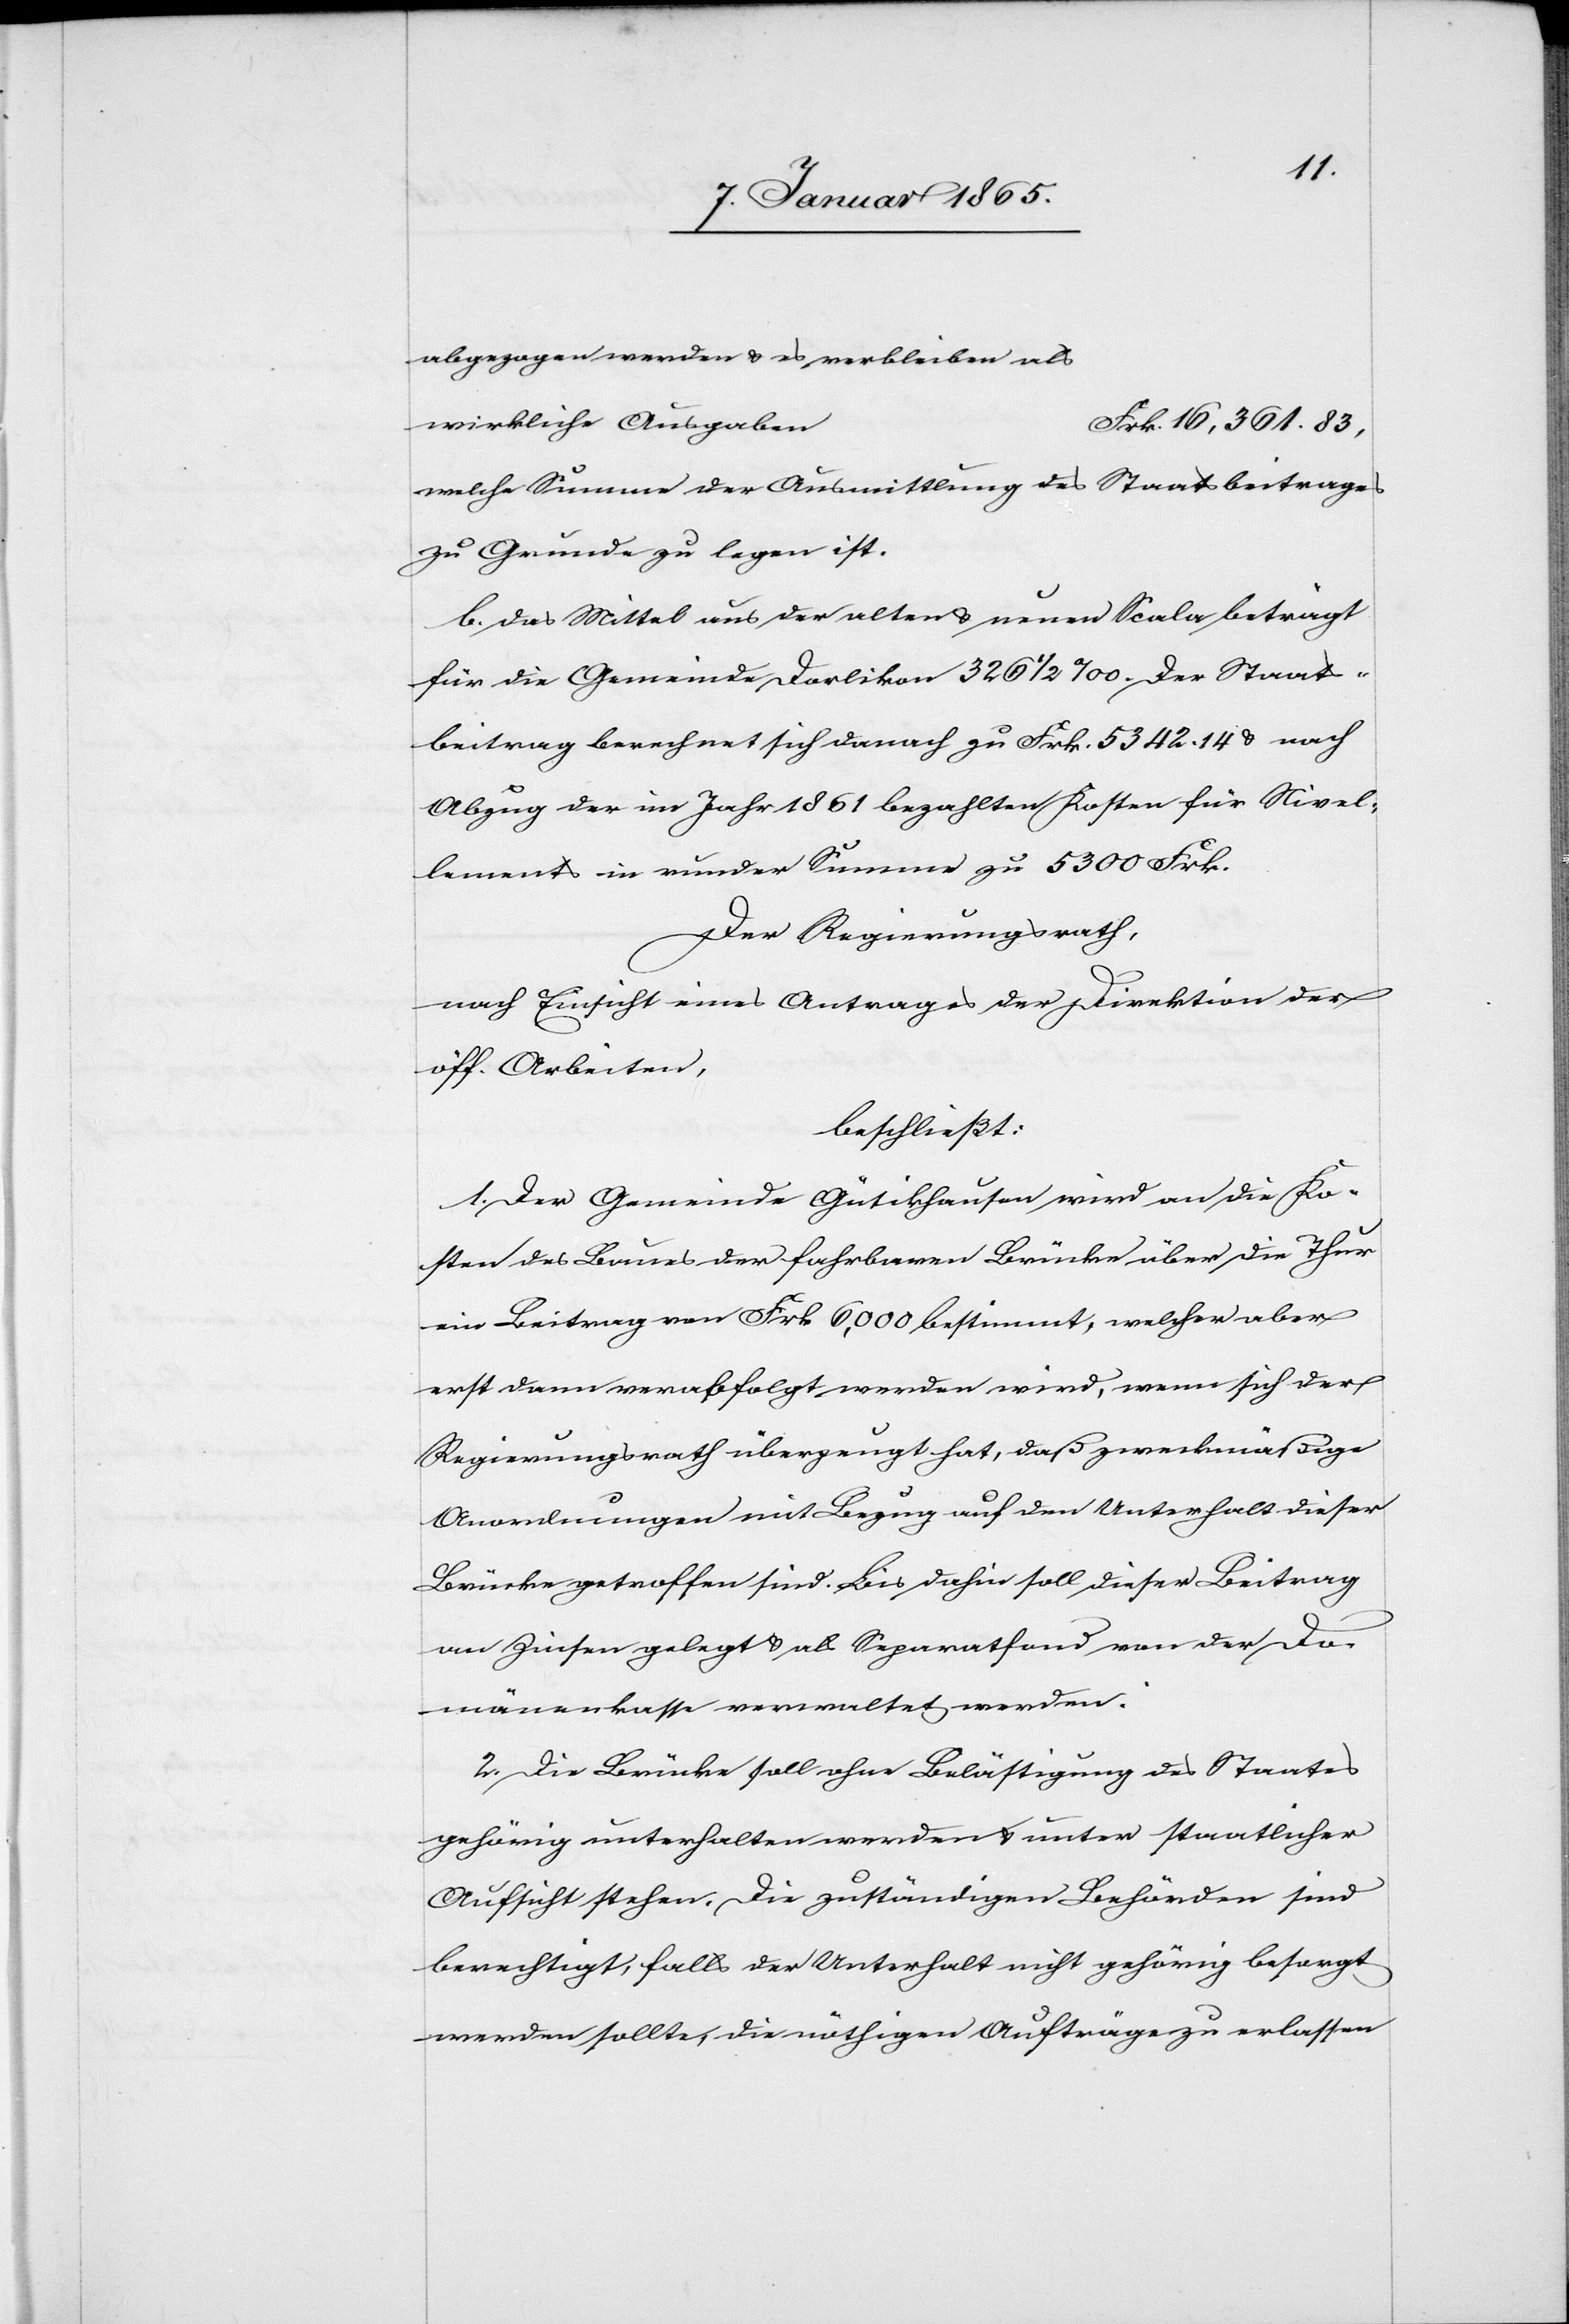
abgezogen werden u. es verbleiben als
wirkliche Ausgabe¬
rk. 16,361. 83,
welche Summe der Ausmittlung des Staatsbeitrages
zu Grunde zu legen ist.
b. Das Mittel aus der alten u. neuen Scala beträgt
für die Gemeinde Dorlikon 326 ½ ‰. Der Staats¬
beitrag berechnet sich danach zu Frk. 5342. 14 u. nach
Abzug der im Jahr 1861 bezahlten Kosten für Nivel¬
lement in runder Summe zu 5300 Frk.
n				F¬
Der Regierungsrath,
nach Einsicht eines Antrages der Direktion der
öff. Arbeiten,
beschließt:
1. Der Gemeinde Gütikhausen wird an die Ko¬
sten des Baues der fahrbaren Brücken über die Thur
ein Beitrag von Frk 6,000 bestimmt, welcher aber
erst dann verabfolgt werden wird, wenn sich der
Regierungsrath überzeugt hat, daß zweckmäßige
Anordnungen mit Bezug auf den Unterhalt dieser
Brücke getroffen sind. Bis dahin soll dieser Beitrag
an Zinsen gelegt u. als Separatfond von der Do¬
mänenkasse verwaltet werden.
2. Die Brücke soll ohne Belästigung des Staates
gehörig unterhalten werden u. unter staatlicher
Aufsicht stehen. Die zuständigen Behörden sind
berechtigt, falls der Unterhalt nicht gehörig besorgt
werden sollte, die nöthigen Aufträge zu erlassen